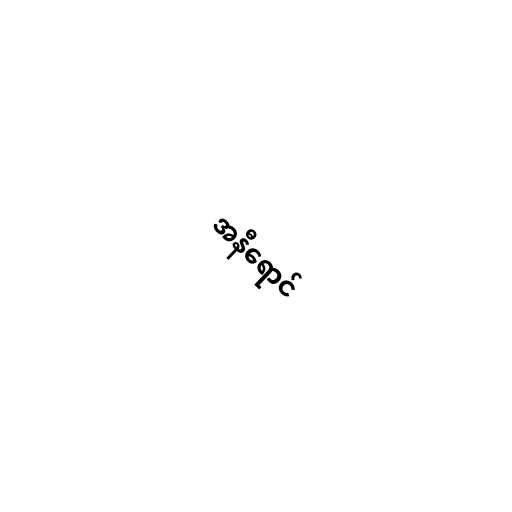
အနီရောင်